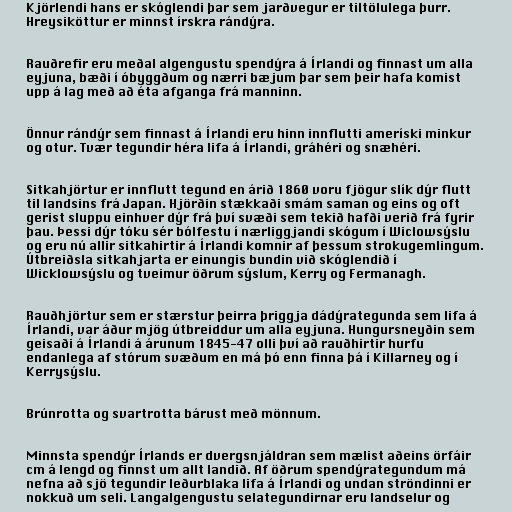
Kjörlendi hans er skóglendi þar sem jarðvegur er tiltölulega þurr.
Hreysiköttur er minnst írskra rándýra.

Rauðrefir eru meðal algengustu spendýra á Írlandi og finnast um alla
eyjuna, bæði í óbyggðum og nærri bæjum þar sem þeir hafa komist
upp á lag með að éta afganga frá manninn.

Önnur rándýr sem finnast á Írlandi eru hinn innflutti ameríski minkur
og otur. Tvær tegundir héra lifa á Írlandi, gráhéri og snæhéri.

Sitkahjörtur er innflutt tegund en árið 1860 voru fjögur slík dýr flutt
til landsins frá Japan. Hjörðin stækkaði smám saman og eins og oft
gerist sluppu einhver dýr frá því svæði sem tekið hafði verið frá fyrir
þau. Þessi dýr tóku sér bólfestu í nærliggjandi skógum í Wiclowsýslu
og eru nú allir sitkahirtir á Írlandi komnir af þessum strokugemlingum.
Útbreiðsla sitkahjarta er einungis bundin við skóglendið í
Wicklowsýslu og tveimur öðrum sýslum, Kerry og Fermanagh.

Rauðhjörtur sem er stærstur þeirra þriggja dádýrategunda sem lifa á
Írlandi, var áður mjög útbreiddur um alla eyjuna. Hungursneyðin sem
geisaði á Írlandi á árunum 1845-47 olli því að rauðhirtir hurfu
endanlega af stórum svæðum en má þó enn finna þá í Killarney og í
Kerrysýslu.

Brúnrotta og svartrotta bárust með mönnum.

Minnsta spendýr Írlands er dvergsnjáldran sem mælist aðeins örfáir
cm á lengd og finnst um allt landið. Af öðrum spendýrategundum má
nefna að sjö tegundir leðurblaka lifa á Írlandi og undan ströndinni er
nokkuð um seli. Langalgengustu selategundirnar eru landselur og